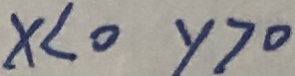
x < 0 y > 0